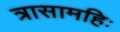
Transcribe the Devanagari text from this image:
त्रासामहिः